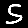
Digit: 5